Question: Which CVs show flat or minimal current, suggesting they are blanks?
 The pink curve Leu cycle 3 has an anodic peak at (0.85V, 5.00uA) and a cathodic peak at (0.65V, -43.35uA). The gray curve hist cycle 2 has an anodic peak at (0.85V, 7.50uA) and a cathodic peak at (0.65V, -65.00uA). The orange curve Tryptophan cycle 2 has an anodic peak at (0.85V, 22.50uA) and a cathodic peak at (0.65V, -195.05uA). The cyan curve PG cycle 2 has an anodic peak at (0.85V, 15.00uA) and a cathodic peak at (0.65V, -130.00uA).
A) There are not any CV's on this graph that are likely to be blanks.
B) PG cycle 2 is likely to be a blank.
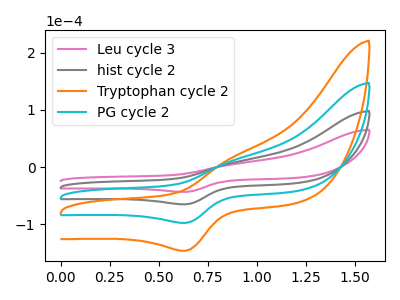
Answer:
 <answer>A) There are not any CV's on this graph that are likely to be blanks.</answer>
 <eval>A</eval>